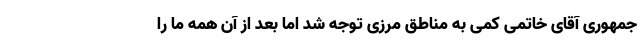
جمهوری آقای خاتمی کمی به مناطق مرزی توجه شد اما بعد از آن همه ما را